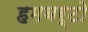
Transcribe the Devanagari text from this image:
हमबर्टो